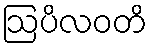
ဩပိလဝတိ